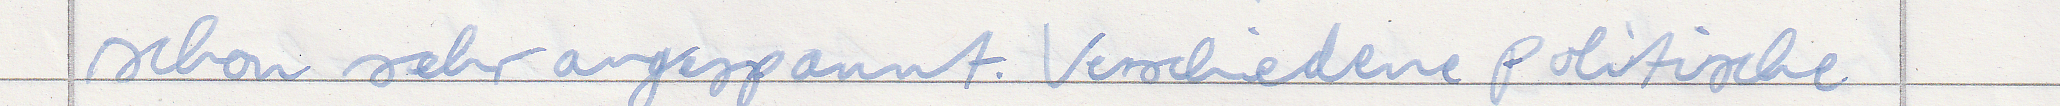
schon sehr angespannt. Verschiedene politische